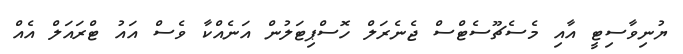
ޔުނިވާސިޓީ އާއި މެސެޗޫސެޓްސް ޖެނެރަލް ހޮސްޕިޓަލުން އަނެއްކާ ވެސް އައު ޓްރައަލް އެއް